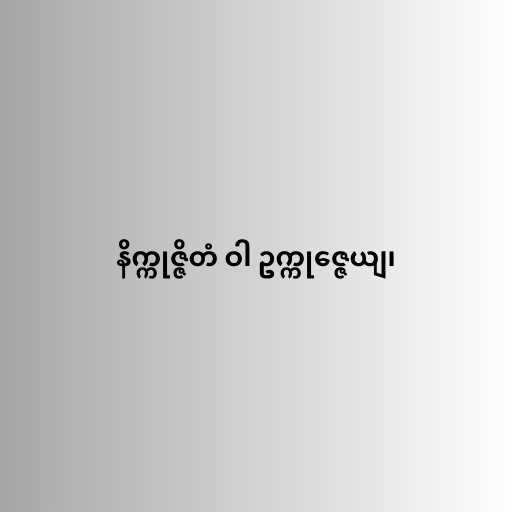
နိက္ကုဇ္ဇိတံ ဝါ ဥက္ကုဇ္ဇေယျ၊